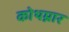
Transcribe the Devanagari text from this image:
कोथम्नार